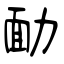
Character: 勔